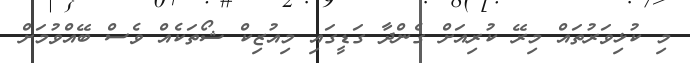
މި ކުޅިވަރުތައް މިރޭ ކުރިއަށް ގެންދާ ގަޑީގައި މިއުޒިކް ޝޯތަކެއް ވެސް ބޭއްވުމަށް